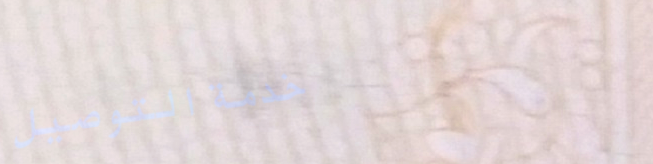
خدمة التوصيل